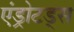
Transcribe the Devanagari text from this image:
एंड्रोटड्स